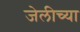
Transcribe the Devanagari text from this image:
जेलीच्या